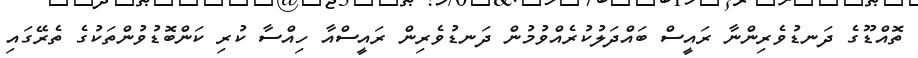
ތޮއްޑޫގެ ދަނޑުވެރިންނާ ރައީސް ބައްދަލުކުރެއްވުމުން ދަނޑުވެރިން ރައީސްއާ ހިއްސާ ކުރި ކަންބޮޑުވުންތަކުގެ ތެރޭގައި